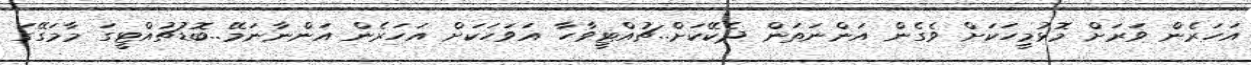
އަހަރެން ވަރަށް މޮޅުމީހަކަށް ވެގެން އަންނަތަން ދެކޭކަށް..ޗުއްޓީވާހާ އަވަހަކަށް އަހަރެން އަންނާނަމޭ..ބޮޑުޗުއްޓީގަ މާމަގޭގަ